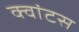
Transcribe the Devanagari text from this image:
क्‍वांटस